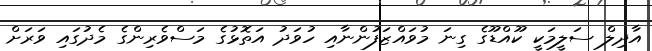
އާދިލް ސަލީމަކީ ކޫއްޑޫގެ ގިނަ މުވައްޒަފުންނާއި ހުވަދު އަތޮޅުގެ މަސްވެރިންގެ މެދުގައި ވަރަށް